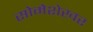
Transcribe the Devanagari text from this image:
सोमेशेखर